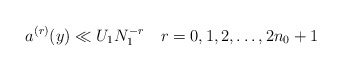
\begin{align*} a^{(r)}(y) \ll U_1 N_1^{-r}~~ ~r = 0, 1, 2, \ldots, 2n_0 +1\end{align*}